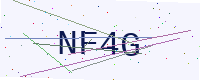
Text: NF4G